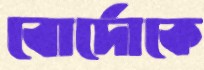
বোর্দোকে